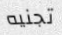
تجنيه